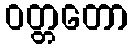
ဝတ္တတော